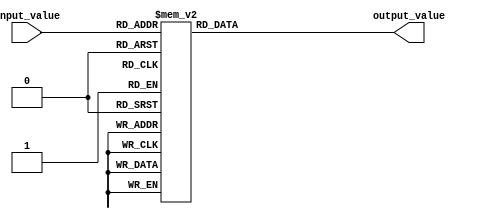
module unique_case_statement (
    input [2:0] input_value,
    output reg [3:0] output_value
);

always @(*) begin
    case(input_value)
        3'b000: output_value = 4'b0000;
        3'b001: output_value = 4'b0001;
        3'b010: output_value = 4'b0010;
        3'b011: output_value = 4'b0011;
        3'b100: output_value = 4'b0100;
        3'b101: output_value = 4'b0101;
        3'b110: output_value = 4'b0110;
        3'b111: output_value = 4'b0111;
    endcase
end

endmodule